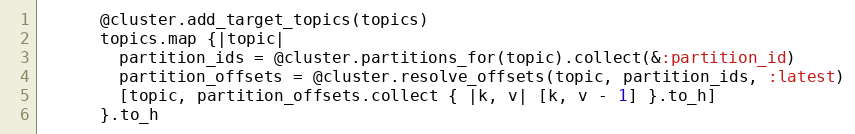
Language: Ruby
      @cluster.add_target_topics(topics)
      topics.map {|topic|
        partition_ids = @cluster.partitions_for(topic).collect(&:partition_id)
        partition_offsets = @cluster.resolve_offsets(topic, partition_ids, :latest)
        [topic, partition_offsets.collect { |k, v| [k, v - 1] }.to_h]
      }.to_h